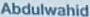
Abdulwahid